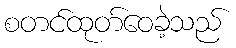
စတင်ထုတ်ဝေခဲ့သည်